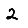
Digit: 2